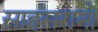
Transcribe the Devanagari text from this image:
साहसरानो